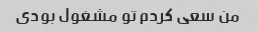
من سعی کردم تو مشغول بودی